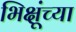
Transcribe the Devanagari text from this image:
भिक्षूंच्या